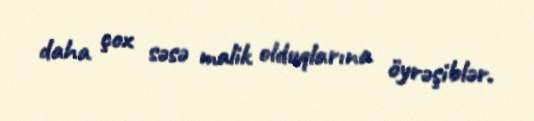
daha çox səsə malik olduqlarına öyrəşiblər.